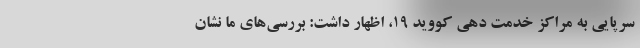
سرپایی به مراکز خدمت دهی کووید ۱۹، اظهار داشت: بررسی‌های ما نشان